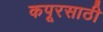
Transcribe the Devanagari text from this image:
कपूरसाठी